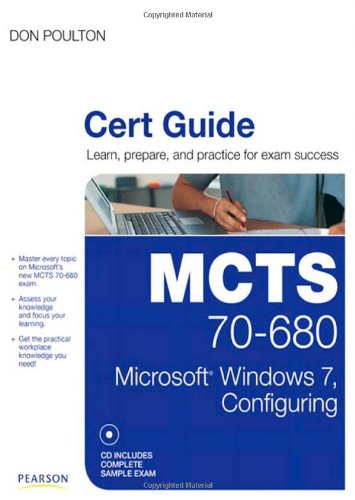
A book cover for MCTS 70-680 Cert Guide: Microsoft Windows 7, Configuring; Don Poulton; Computers & Technology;